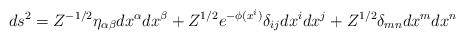
\begin{align*}ds^2 = Z^{-1/2} \eta_{\alpha\beta}dx^{\alpha}dx^{\beta} + Z^{1/2}e^{-\phi(x^i)} \delta_{ij}dx^i dx^j + Z^{1/2} \delta_{mn} dx^m dx^n \end{align*}